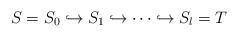
LaTeX: \begin{align*} S= S_0 \hookrightarrow S_1 \hookrightarrow \dotsb \hookrightarrow S_l=T \end{align*}